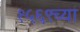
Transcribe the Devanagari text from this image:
१५६९च्या